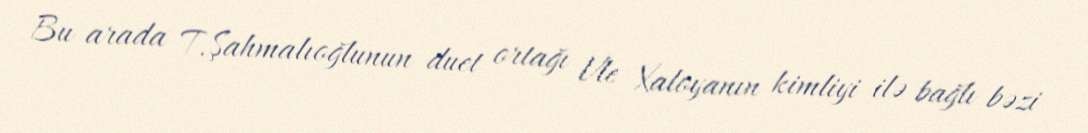
Bu arada T.Şahmalıoğlunun duet ortağı Vle Xaloyanın kimliyi ilə bağlı bəzi